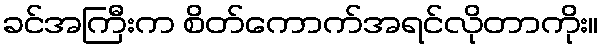
ခင်အကြီးက စိတ်ကောက်အရင်လိုတာကိုး။